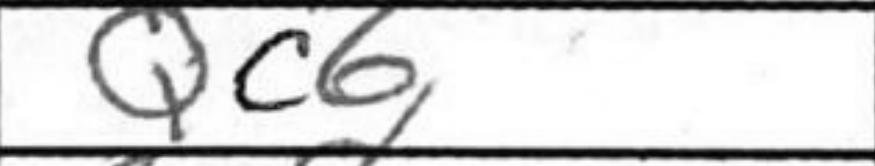
Transcription: Qc6